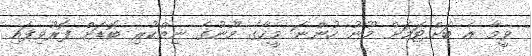
ވީމާ އެ ބަށްޓަމަށް މޫނު ހުންނަ މީހާގެ މޫނުގެ ނިތްކުރި ބޮޑަށް ފޮރުވިފައި